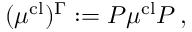
( \boldsymbol { \mu } ^ { \mathrm { c l } } ) ^ { \Gamma } : = \boldsymbol { P } \boldsymbol { \mu } ^ { \mathrm { c l } } \boldsymbol { P } \, ,